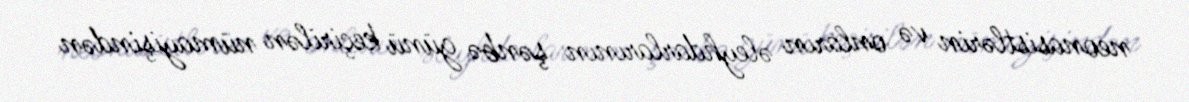
neonasistlərin və onların əleyhdarlarının şənbə günü keçirilən nümayişindən